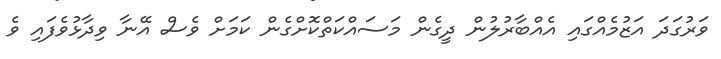
ވަރުގަދަ އަޒުމެއްގައި އެއްބާރުލުން ދީގެން މަސައްކަތްކޮށްގެން ކަމަށް ވެސް އޭނާ ވިދާޅުވެފައި ވެ